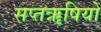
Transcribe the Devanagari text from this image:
सप्तॠषियों